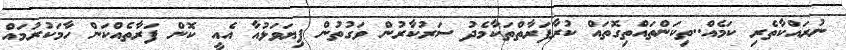
ނުރައްކާތެރި ކަމެއް..ތިކަންތައްތިގޮތައް ކުރާފަރާތްތަކާމެދު ސަރުކާރުން ވަގުތުން ފިޔަވަޅުއާ އެއީ ކޮން ފަރާތެއްކަން ހާމަކުރުމައް